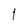
Character: 1